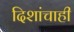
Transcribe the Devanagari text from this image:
दिशांचाही